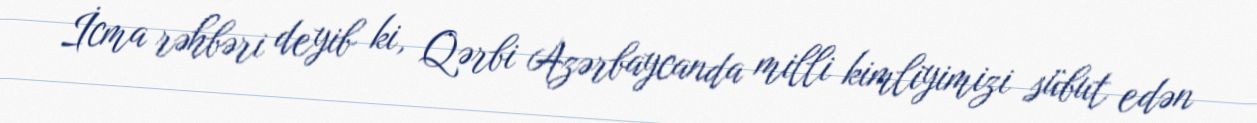
İcma rəhbəri deyib ki, Qərbi Azərbaycanda milli kimliyimizi sübut edən